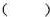
（）